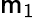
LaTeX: \mathsf{m}_{1}